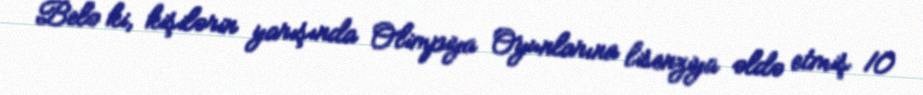
Belə ki, kişilərin yarışında Olimpiya Oyunlarına lisenziya əldə etmiş 10